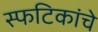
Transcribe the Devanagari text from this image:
स्फटिकांचे